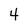
Character: 4